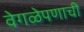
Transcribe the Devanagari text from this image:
वेगळेपणाची